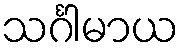
သင်္ဂါမာယ